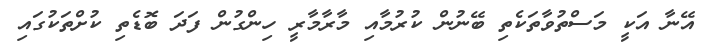
އޭނާ އަކީ މަސްތުވާތަކެތި ބޭނުން ކުރުމާއި މާރާމާރީ ހިންގުން ފަދަ ބޮޑެތި ކުށްތަކުގައި